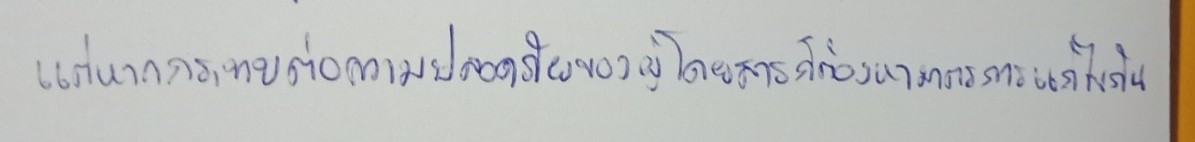
แต่หากกระทบต่อความปลอดภัยของผู้โดยสารก็ต้องหามาตรการแก้ไขกัน